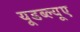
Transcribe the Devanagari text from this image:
यूडब्ल्यूए